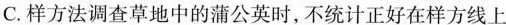
C.样方法调查草地中的蒲公英时，不统计正好在样方线上